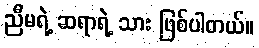
ညီမရဲ့ ဆရာရဲ့ သား ဖြစ်ပါတယ်။